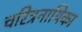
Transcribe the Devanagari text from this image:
चरित्रनायिका